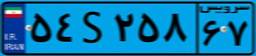
۳۸S۸۵۰۷۹